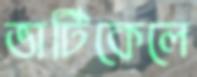
ভার্টিকেলে